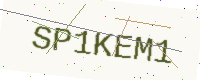
Text: SP1KEM1